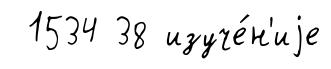
1534 38 изуче́н'иjе